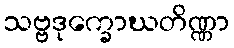
သဗ္ဗဒုက္ခောဃတိဏ္ဏာ